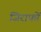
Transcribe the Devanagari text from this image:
जिराफों